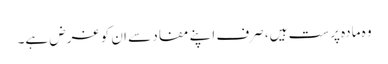
وہ مادہ پرست ہیں، صرف اپنے مفاد سے ان کو غرض ہے۔